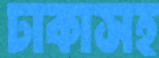
ঢাকাসহ